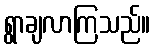
ရွာချလာကြသည်။